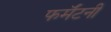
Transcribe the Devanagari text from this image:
फर्मॅटनी